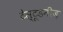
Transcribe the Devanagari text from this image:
टेस्टूडनीज़